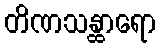
တိဏသန္ထာရော